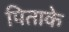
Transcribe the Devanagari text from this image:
पिताके